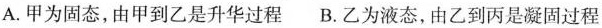
A.甲为固态，由甲到乙是升华过程 B.乙为液态，由乙到丙是凝固过程